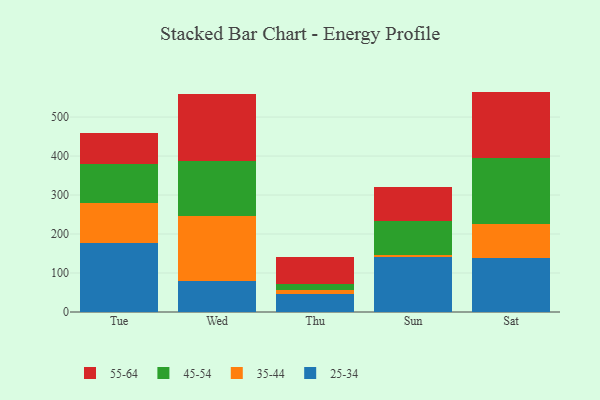
{"axis": {"x": "Day", "y": "Bounce Rate (%)"}, "legend": ["25-34", "35-44", "45-54", "55-64"], "data": [{"x": "Tue", "y": 177.1, "type": "25-34"}, {"x": "Tue", "y": 101.7, "type": "35-44"}, {"x": "Tue", "y": 101.5, "type": "45-54"}, {"x": "Tue", "y": 78.6, "type": "55-64"}, {"x": "Wed", "y": 80.5, "type": "25-34"}, {"x": "Wed", "y": 164.6, "type": "35-44"}, {"x": "Wed", "y": 142.9, "type": "45-54"}, {"x": "Wed", "y": 170.5, "type": "55-64"}, {"x": "Thu", "y": 46.0, "type": "25-34"}, {"x": "Thu", "y": 11.7, "type": "35-44"}, {"x": "Thu", "y": 12.9, "type": "45-54"}, {"x": "Thu", "y": 71.1, "type": "55-64"}, {"x": "Sun", "y": 140.0, "type": "25-34"}, {"x": "Sun", "y": 6.7, "type": "35-44"}, {"x": "Sun", "y": 85.7, "type": "45-54"}, {"x": "Sun", "y": 87.8, "type": "55-64"}, {"x": "Sat", "y": 137.4, "type": "25-34"}, {"x": "Sat", "y": 87.5, "type": "35-44"}, {"x": "Sat", "y": 169.0, "type": "45-54"}, {"x": "Sat", "y": 171.4, "type": "55-64"}]}